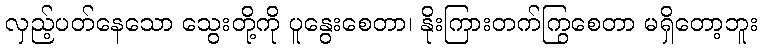
လှည့်ပတ်နေသော သွေးတို့ကို ပူနွေးစေတာ၊ နိုးကြားတက်ကြွစေတာ မရှိတော့ဘူး